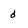
Character: d